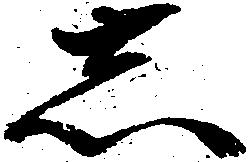
志